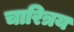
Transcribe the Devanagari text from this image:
चारित्रय